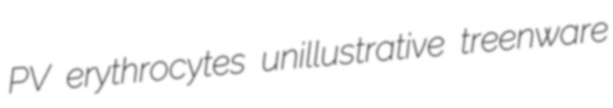
PV erythrocytes unillustrative treenware